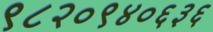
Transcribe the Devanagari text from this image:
९८२०९४०६३६